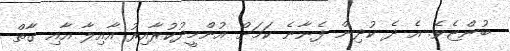
ބުންޏެވެ. އެ ދެ ކުދިން ފެނާނެ ކަމަށް އުންމީދުކުރާއިރު އާއިލާ އާއި ގާތް